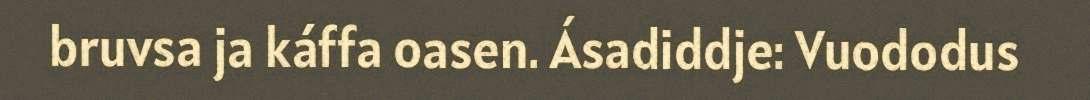
bruvsa ja káffa oasen. Ásadiddje: Vuododus